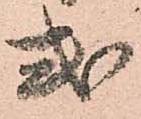
式